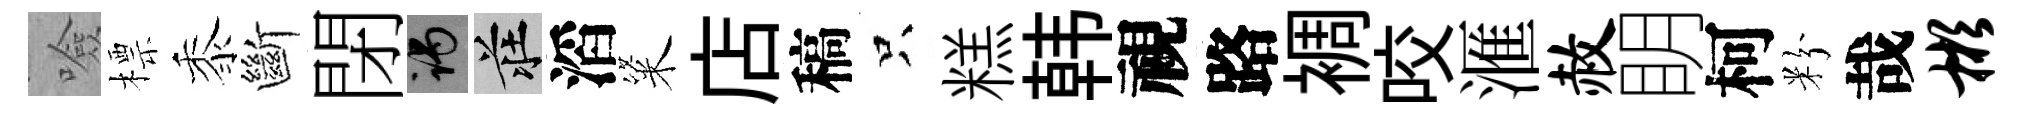
噞標黍斷閉谒莊滔粢店稿只糕韩視路裯咬滙赦眀柯粉哉彬